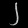
Digit: ၂